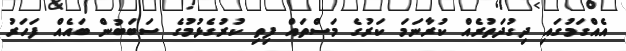
އެއްގަމުގައި ދިގުދަތުރެއް ކުރާނަމަ ކަރުގެ މަސްތައް ފިތި ކުރުގެޅުމުގެ ސަބަބުން ބައެއް ފަހަރު